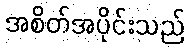
အစိတ်အပိုင်းသည်